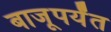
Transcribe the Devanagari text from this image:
बाजूपर्यंत